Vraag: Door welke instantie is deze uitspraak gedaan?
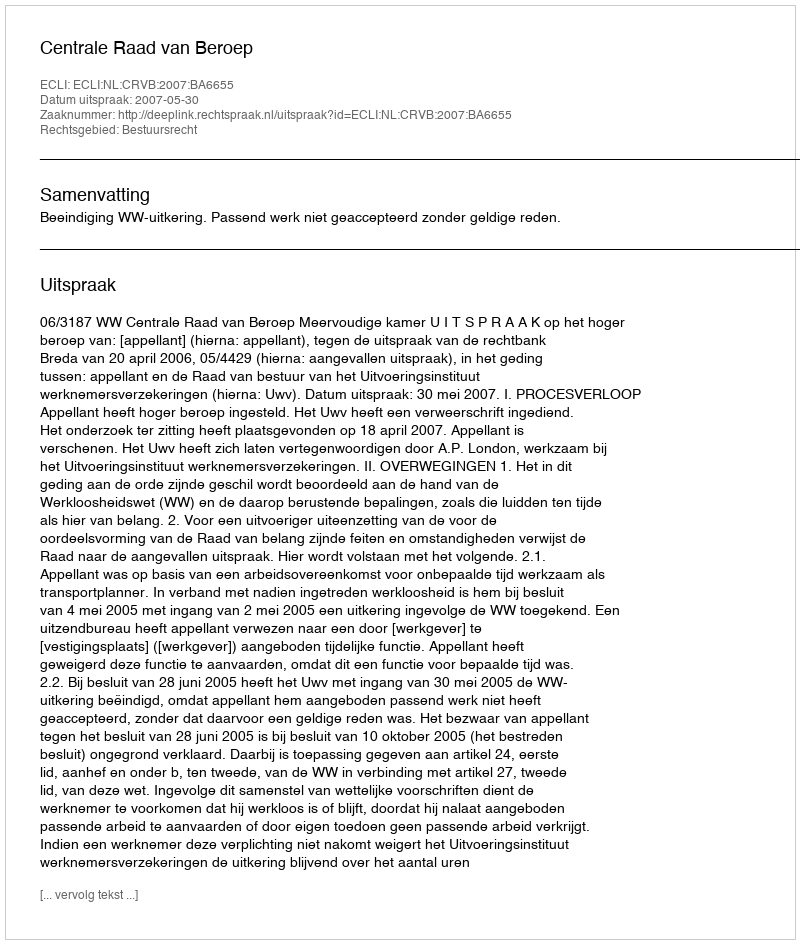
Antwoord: Centrale Raad van Beroep